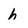
Character: h